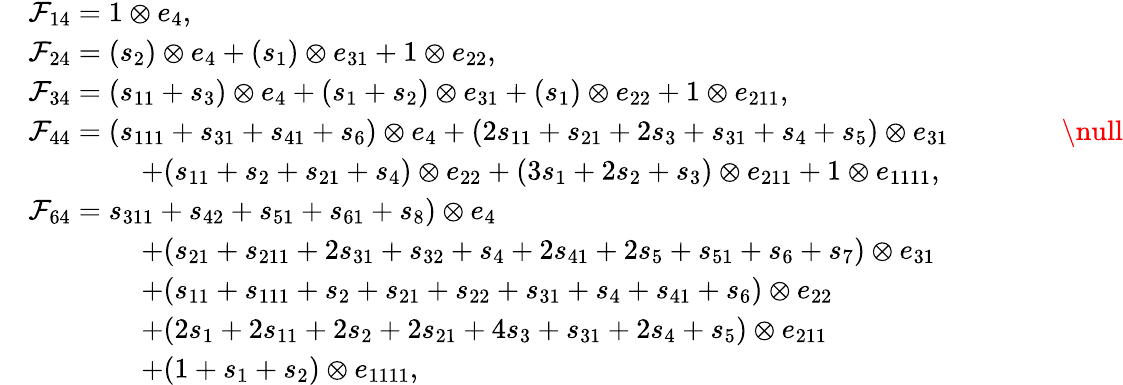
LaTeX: \begin{array}{rl}&{\mathcal{F}_{14}=1\otimes e_{4},}\\ &{\mathcal{F}_{24}=(s_{2})\otimes e_{4}+(s_{1})\otimes e_{31}+1\otimes e_{22},}\\ &{\mathcal{F}_{34}=(s_{11}+s_{3})\otimes e_{4}+(s_{1}+s_{2})\otimes e_{31}+(s_{1})\otimes e_{22}+1\otimes e_{211},}\\ &{\mathcal{F}_{44}=(s_{111}+s_{31}+s_{41}+s_{6})\otimes e_{4}+(2s_{11}+s_{21}+2s_{3}+s_{31}+s_{4}+s_{5})\otimes e_{31}\qquad\qquad\null}\\ &{\qquad\qquad+(s_{11}+s_{2}+s_{21}+s_{4})\otimes e_{22}+(3s_{1}+2s_{2}+s_{3})\otimes e_{211}+1\otimes e_{1111},}\\ &{\mathcal{F}_{64}=s_{311}+s_{42}+s_{51}+s_{61}+s_{8})\otimes e_{4}}\\ &{\qquad\qquad+(s_{21}+s_{211}+2s_{31}+s_{32}+s_{4}+2s_{41}+2s_{5}+s_{51}+s_{6}+s_{7})\otimes e_{31}}\\ &{\qquad\qquad+(s_{11}+s_{111}+s_{2}+s_{21}+s_{22}+s_{31}+s_{4}+s_{41}+s_{6})\otimes e_{22}}\\ &{\qquad\qquad+(2s_{1}+2s_{11}+2s_{2}+2s_{21}+4s_{3}+s_{31}+2s_{4}+s_{5})\otimes e_{211}}\\ &{\qquad\qquad+(1+s_{1}+s_{2})\otimes e_{1111},}\end{array}